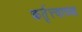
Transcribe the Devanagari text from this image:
कर्तृत्त्वाच्या